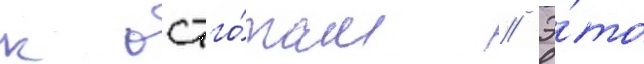
к остго́там // Э́то